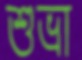
শুভ্রা